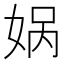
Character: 娲